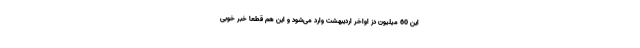
این 60 میلیون دُز اواخر اردیبهشت وارد می‌شود و این هم قطعاً خبر خوبی